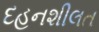
દહનશીલત